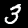
Digit: 3